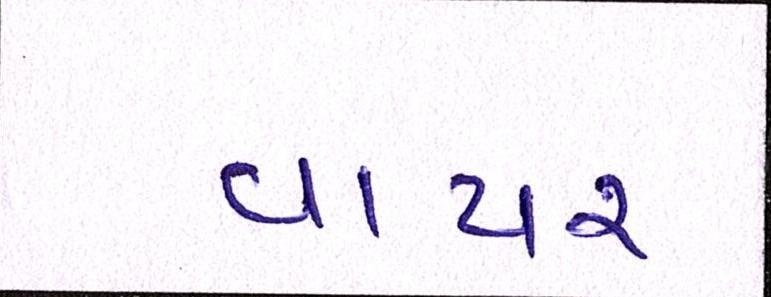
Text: વાયર